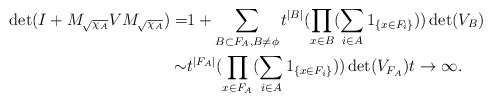
\begin{align*}\det(I+M_{\sqrt{\chi_A}}VM_{\sqrt{\chi_A}})=&1+\sum\limits_{B\subset F_A,B\neq\phi}t^{|B|}(\prod\limits_{x\in B}(\sum\limits_{i\in A}1_{\{x\in F_i\}}))\det(V_B)\\\sim & t^{|F_A|}(\prod\limits_{x\in F_A}(\sum\limits_{i\in A}1_{\{x\in F_i\}}))\det(V_{F_A})t\rightarrow\infty.\end{align*}